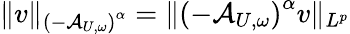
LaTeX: \Vert v\Vert_{\left(-\mathcal{A}_{U,\omega}\right)^{\alpha}}=\Vert\left(-\mathcal{A}_{U,\omega}\right)^{\alpha}v\Vert_{L^{p}}